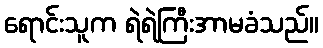
ရောင်းသူက ရဲရဲကြီးအာမခံသည်။